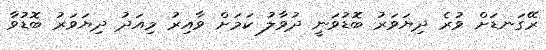
ރޭގަނޑަށް ވުރެ ދިޔަވަރު ބޮޑުވަނީ ދުވާލު ކަމަށް ވާއިރު މިއަދު ދިޔަވަރު ބޮޑުވާ